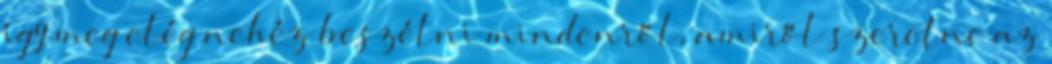
így meg elég nehéz beszélni mindenről, amiről szeretne az